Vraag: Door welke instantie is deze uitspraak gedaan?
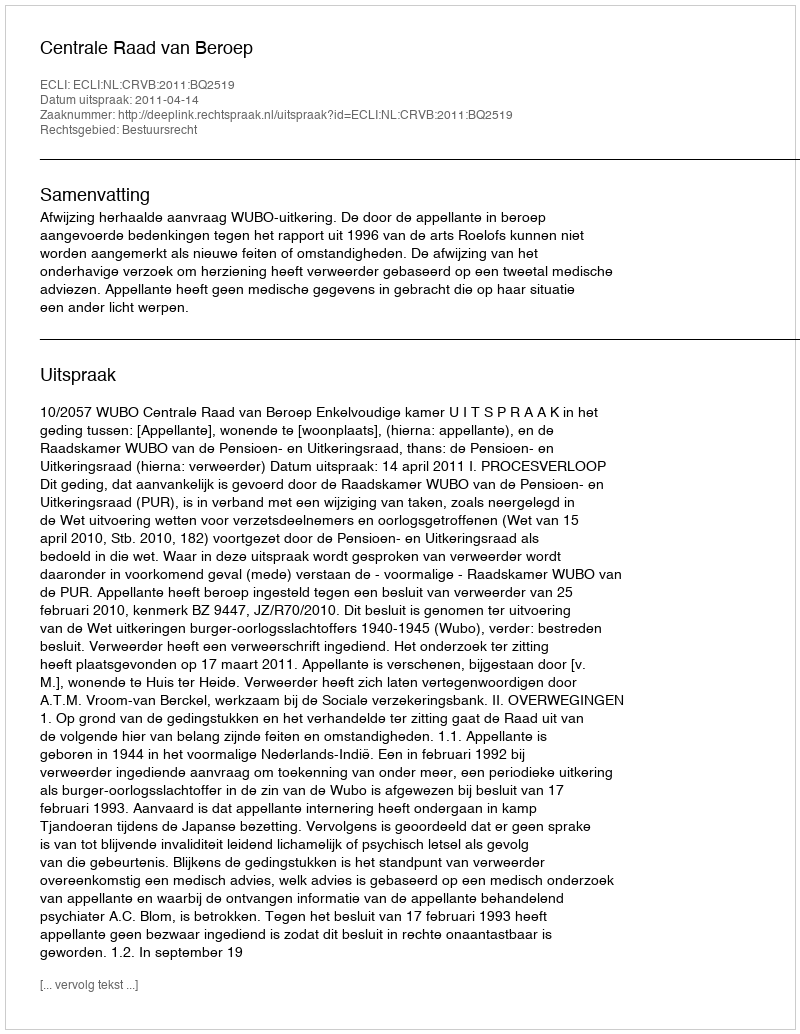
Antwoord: Centrale Raad van Beroep